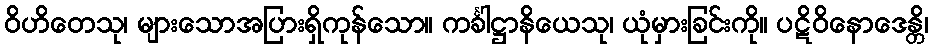
ဝိဟိတေသု၊ များသောအပြားရှိကုန်သော။ ကင်္ခါဋ္ဌာနိယေသု၊ ယုံမှားခြင်းကို။ ပဋိဝိနောဒေန္တိ၊